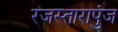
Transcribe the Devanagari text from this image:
रजस्तारापुंज